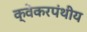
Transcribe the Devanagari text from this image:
क्वेकरपंथीय